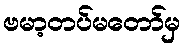
ဗမာ့တပ်မတော်မှ